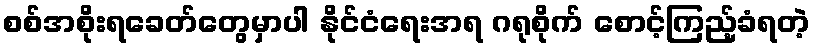
စစ်အစိုးရခေတ်တွေမှာပါ နိုင်ငံရေးအရ ဂရုစိုက် စောင့်ကြည့်ခံရတဲ့